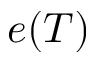
e ( T )